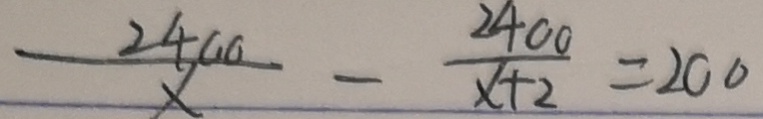
\frac { 2 4 0 0 } { x } - \frac { 2 4 0 0 } { x + 2 } = 2 0 0